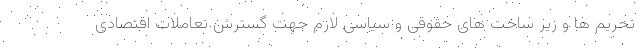
تحریم ها و زیر ساخت های حقوقی و سیاسی لازم جهت گسترش تعاملات اقتصادی